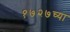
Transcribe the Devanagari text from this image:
१७२७च्या